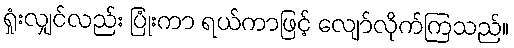
ရှုံးလျှင်လည်း ပြုံးကာ ရယ်ကာဖြင့် လျော်လိုက်ကြသည်။